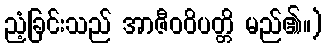
ညံ့ခြင်းသည် အာဇီဝဝိပတ္တိ မည်၏။)